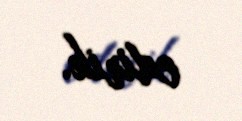
edirik.